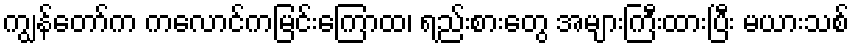
ကျွန်တော်က ကလောင်ကမြင်းကြောထ၊ ရည်းစားတွေ အများကြီးထားပြီး မယားသစ်